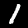
Label: 1